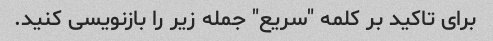
برای تاکید بر کلمه "سریع" جمله زیر را بازنویسی کنید.